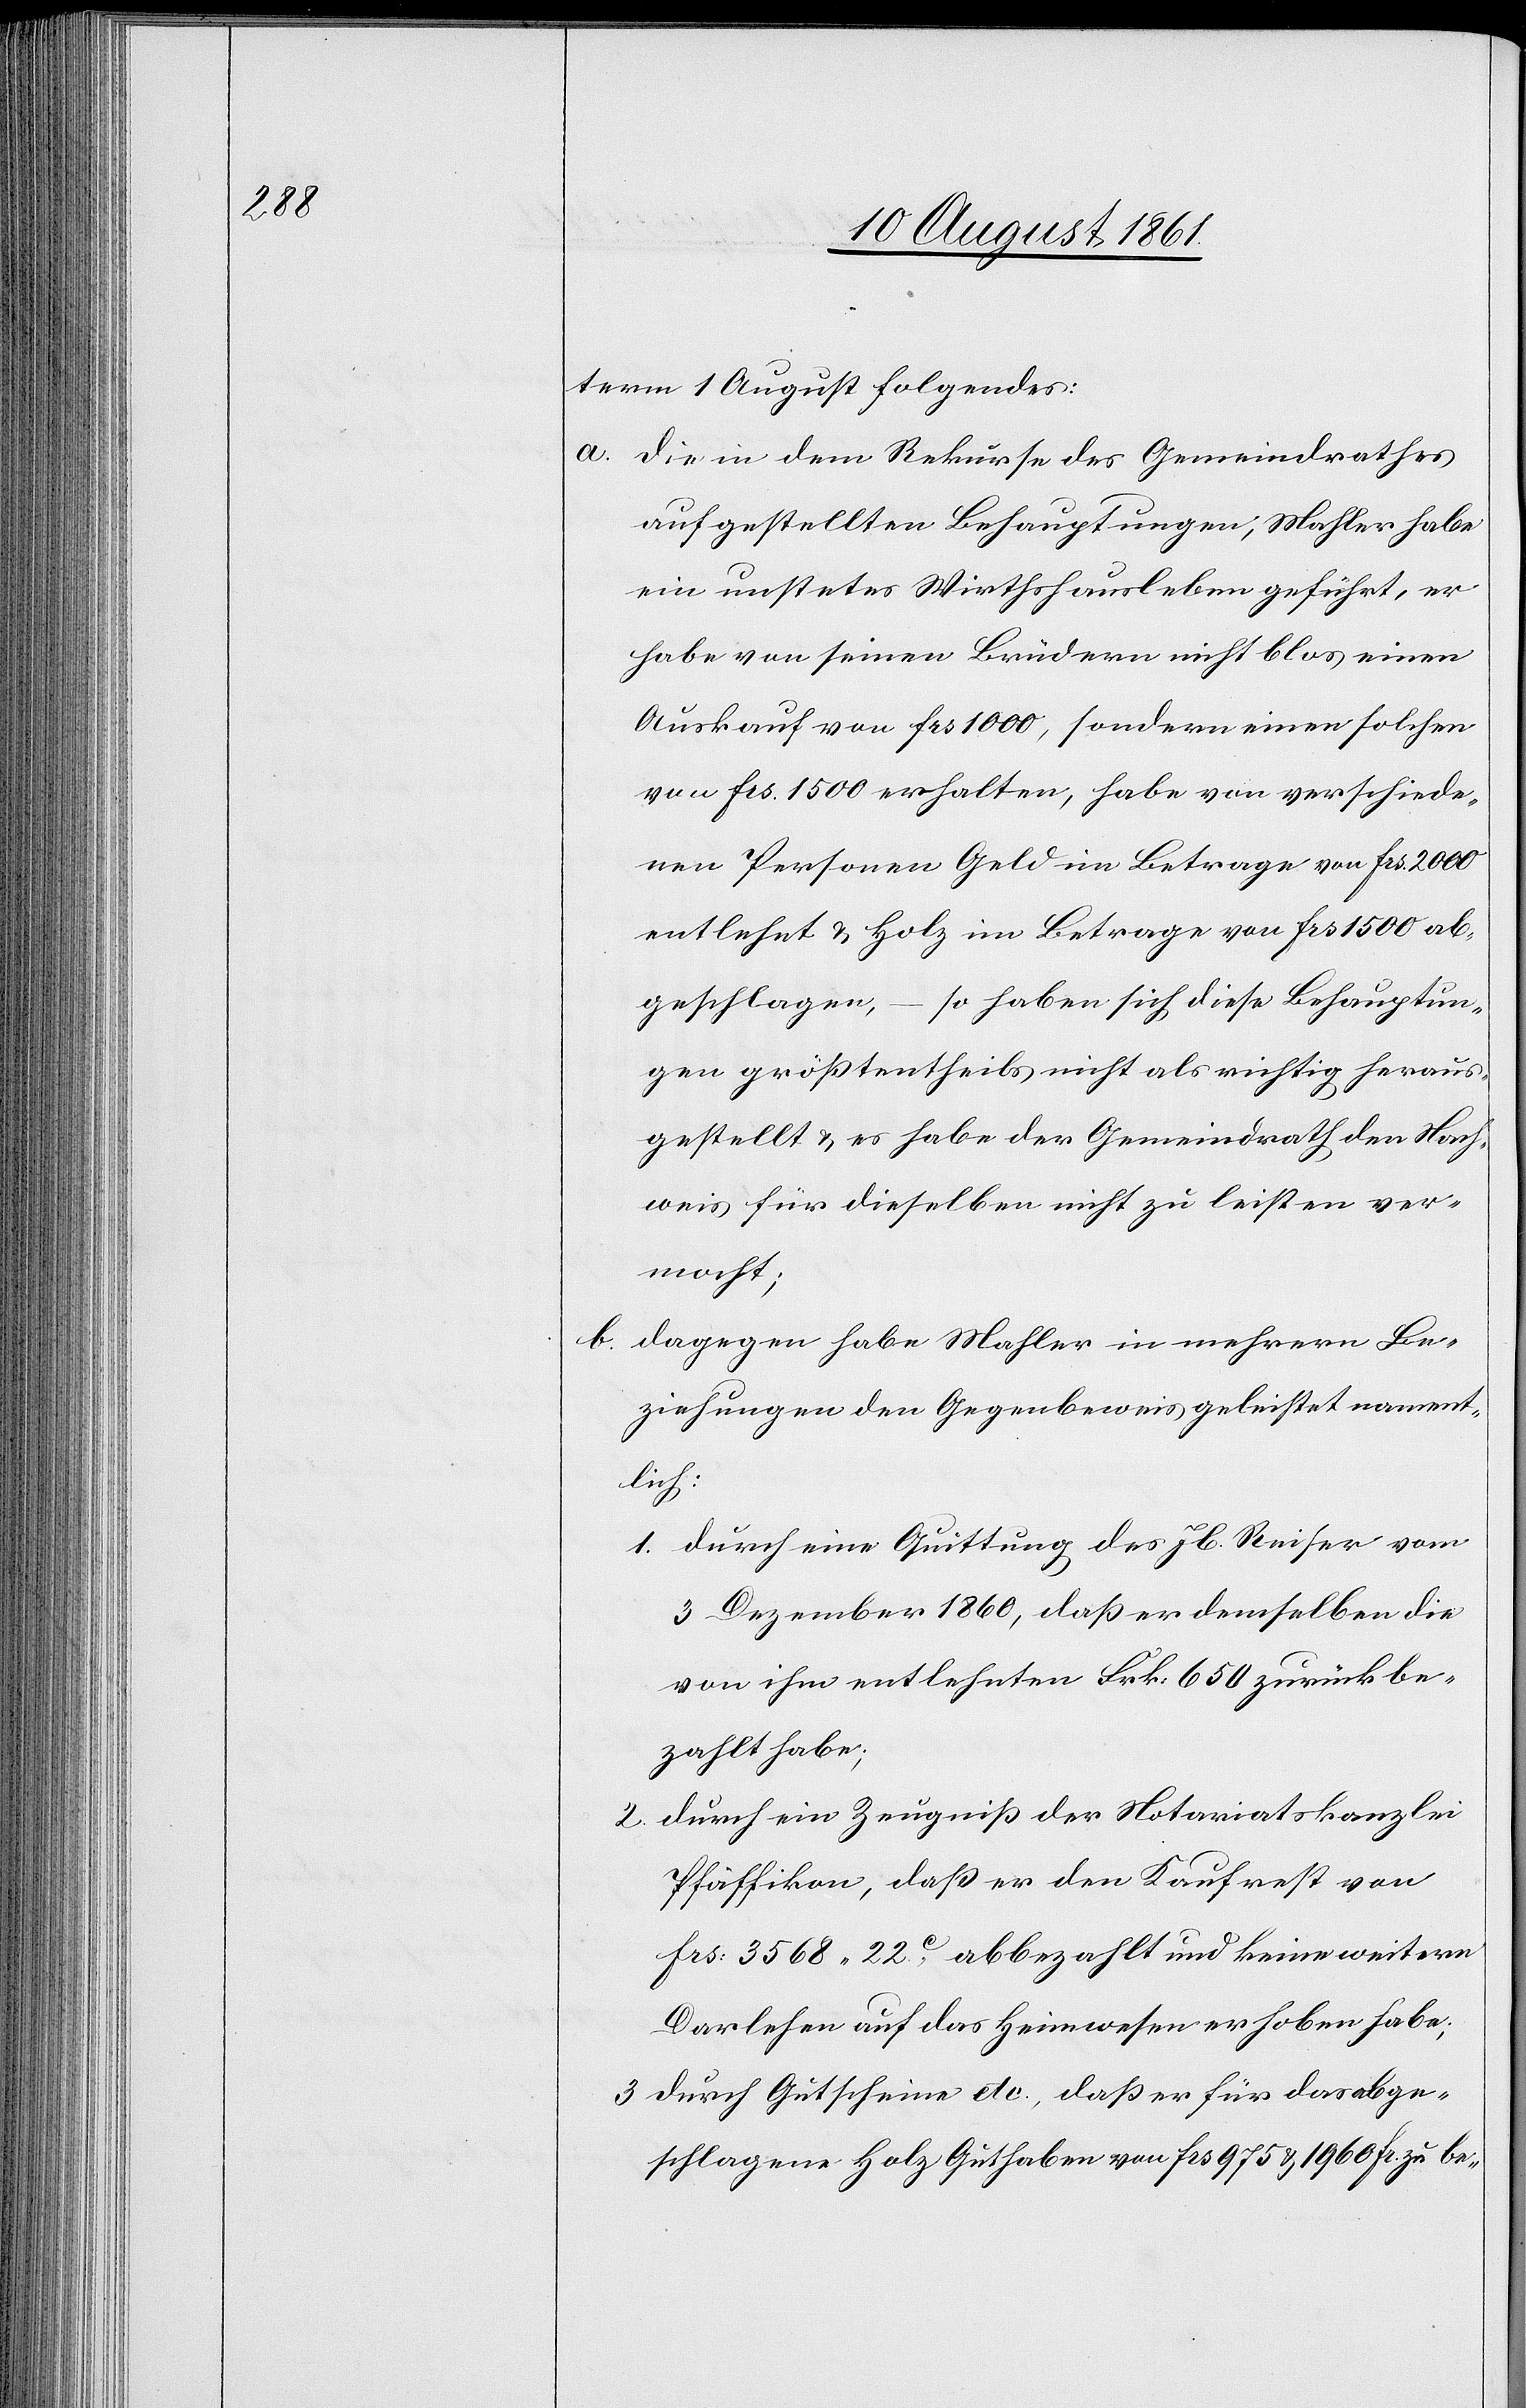
term 1 August folgendes:
a. die in dem Rekurse des Gemeindrathes
aufgestellten Behauptungen, Mahler habe
ein unstetes Wirthshausleben geführt, er
habe von seinen Brüdern nicht blos einen
Auskauf von frs 1000, sondern einen solchen
von frs 1500 erhalten, habe von verschiede¬
nen Personen Geld im Betrage von frs 2000
entlehnt u. Holz im Betrage von frs 1500 ab¬
geschlagen, – so haben sich diese Behauptun¬
gen größtentheils nicht als richtig heraus¬
gestellt u. es habe der Gemeindrath den Nach¬
weis für dieselben nicht zu leisten ver¬
mocht;
b. dagegen habe Mahler in mehrern Be¬
ziehungen den Gegenbeweis geleistet nament¬
lich:
1. durch eine Quittung des Jb Reiser vom
3 Dezember 1860, daß er demselben die
von ihm entlehnten Frk. 650 zurückbe¬
zahlt habe;
2 durch ein Zeugniß der Notariatskanzlei
Pfäffikon, daß er den Kaufrest von
frs 3568.22c abbezahlt und keine weitern
Darlehen auf das Heimwesen erhoben habe;
3 durch Gutscheine etc., daß er für das abge¬
schlagene Holz Guthaben von frs 975 u. 1960 fr. zu be-